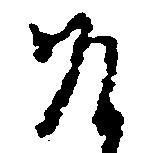
そ